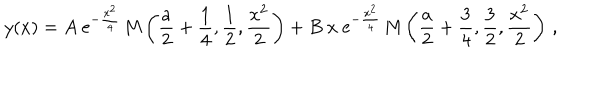
LaTeX: y ( x ) = A \ \mathrm { e } ^ { - \frac { x ^ { 2 } } { 4 } } \, \mathrm { M } \left( \frac { a } { 2 } + \frac { 1 } { 4 } , \frac { 1 } { 2 } , \frac { x ^ { 2 } } { 2 } \right) + B \ x \ \mathrm { e } ^ { - \frac { x ^ { 2 } } { 4 } } \, \mathrm { M } \left( \frac { a } { 2 } + \frac { 3 } { 4 } , \frac { 3 } { 2 } , \frac { x ^ { 2 } } { 2 } \right) \, ,